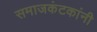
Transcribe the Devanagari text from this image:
समाजकंटकांनी